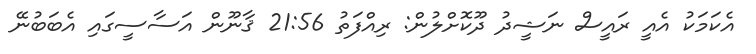
އެކަމަކު އެއީ ރައީސް ނަޝީދު ދޫކޮށްލުން: ރިއްފަތު 21:56 ޤާނޫން އަސާސީގައި އެބަބުނޭ